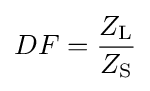
DF={\frac {Z_{\mathrm {L} }}{Z_{\mathrm {S} }}}